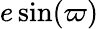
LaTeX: e\sin(\varpi)